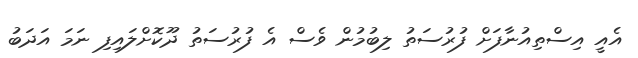
އެއީ އިސްތިއުނާފަށް ފުރުސަތު ލިބުމުން ވެސް އެ ފުރުސަތު ދޫކޮށްލައިފި ނަމަ އަދަބު